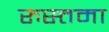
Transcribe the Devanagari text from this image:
रुस्तमा